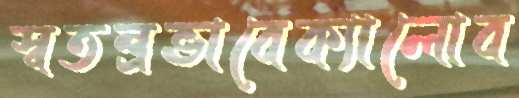
স্বতন্ত্রভাবেক্যালোব